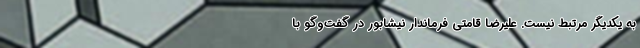
به یکدیگر مرتبط نیست. علیرضا قامتی فرماندار نیشابور در گفت‌وگو با